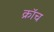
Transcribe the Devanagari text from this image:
क्रॉच